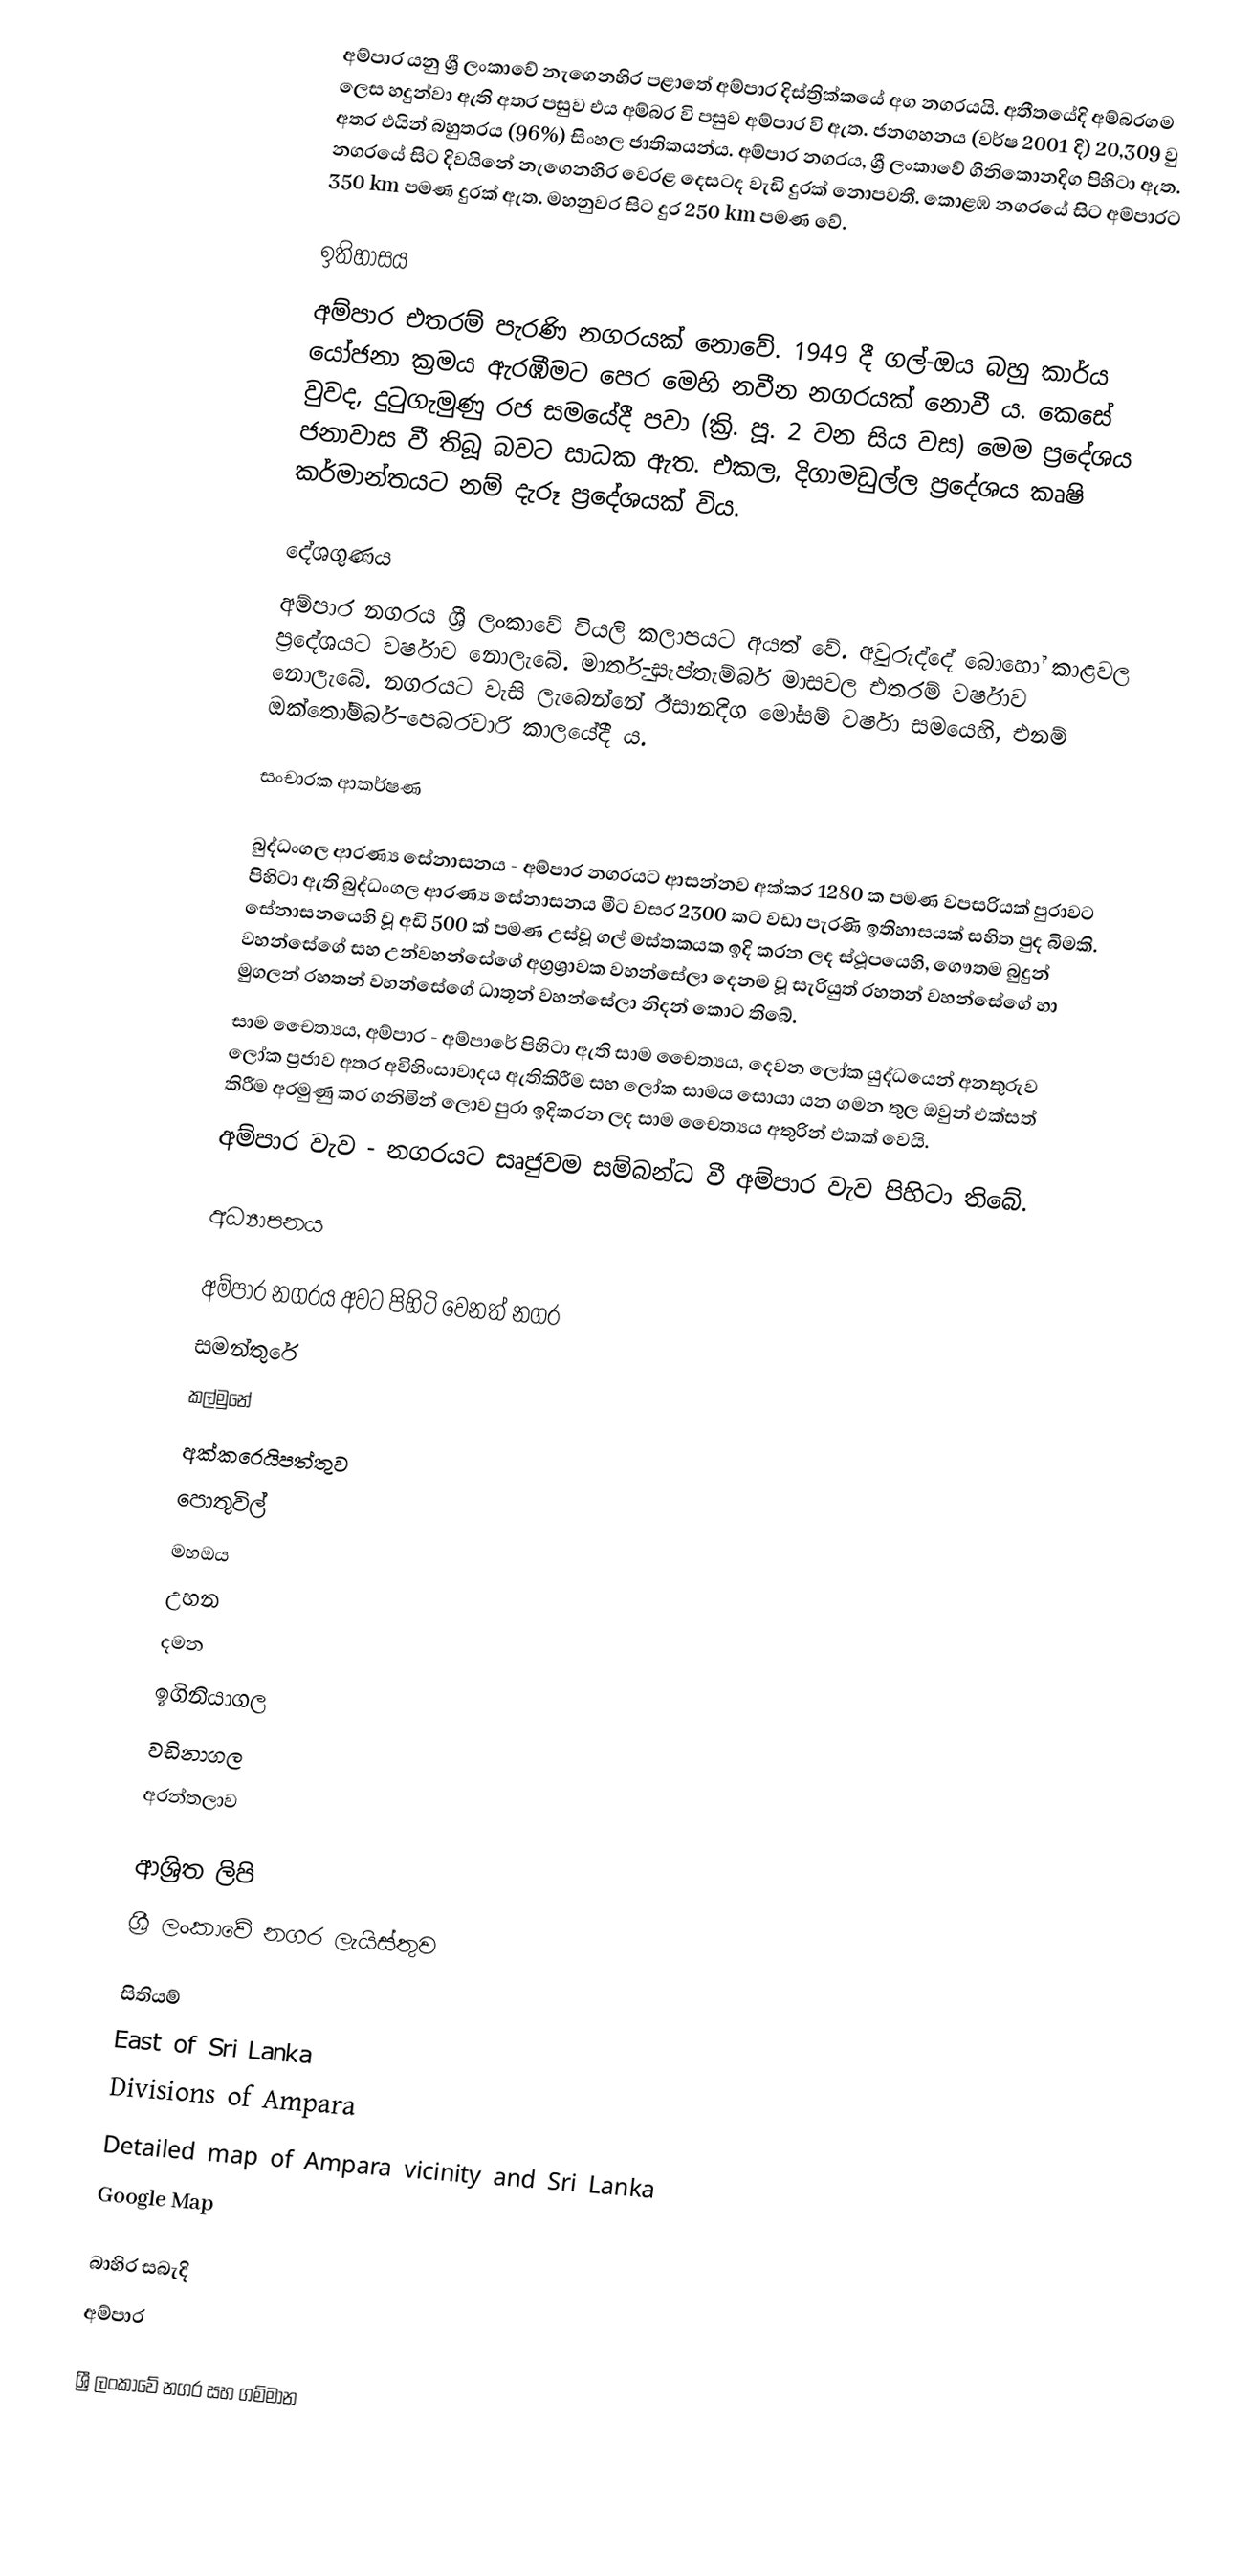
අම්පාර යනු ශ්‍රී ලංකාවේ නැගෙනහිර පළාතේ අම්පාර දිස්ත්‍රික්කයේ අග නගරයයි. අතීතයේදි අම්බරගම ලෙස හදුන්වා ඇති අතර පසුව එය අම්බර වි පසුව අම්පාර වි ඇත. ජනගහනය (වර්ෂ 2001 දි) 20,309 වු අතර එයින් බහුතරය (96%) සිංහල ජාතිකයන්ය. අම්පාර නගරය, ශ්‍රී ලංකාවේ ගිනිකොනදිග පිහිටා ඇත. නගරයේ සිට දිවයිනේ නැගෙනහිර වෙරළ දෙසටද වැඩි දුරක් නොපවතී. කොළඹ නගරයේ සිට අම්පාරට 350 km පමණ දුරක් ඇත. මහනුවර සිට දුර 250 km පමණ වේ.

ඉතිහාසය
අම්පාර එතරම් පැරණි නගරයක් නොවේ. 1949 දී ගල්-ඔය බහු කාර්ය යෝජනා ක්‍රමය ඇරඹීමට පෙර මෙහි නවීන නගරයක් නොවී ය. කෙසේ වුවද, දුටුගැමුණු රජ සමයේදී පවා (ක්‍රි. පූ. 2 වන සිය වස) මෙම ප්‍රදේශය ජනාවාස වී තිබූ බවට සාධක ඇත. එකල, දිගාමඩුල්ල ප්‍රදේශය කෘෂි කර්මාන්තයට නම් දැරූ ප්‍රදේශයක් විය.

දේශගුණය
අම්පාර නගරය ශ්‍රී ලංකාවේ වියලි කලාපයට අයත් වේ. අවුරුද්දේ බොහෝ කාළවල ප්‍රදේශයට වර්ෂාව නොලැබේ. මාර්තු-සැප්තැම්බර් මාසවල එතරම් වර්ෂාව නොලැබේ. නගරයට වැසි ලැබෙන්නේ ඊසානදිග මෝසම් වර්ෂා සමයෙහි, එනම් ඔක්තෝම්බර්-පෙබරවාරි කාලයේදී ය.

සංචාරක ආකර්ෂණ

බුද්ධංගල ආරණ්‍ය සේනාසනය - අම්පාර නගරයට ආසන්නව අක්කර 1280 ක පමණ වපසරියක් පුරාවට පිහිටා ඇති බුද්ධංගල ආරණ්‍ය සේනාසනය මීට වසර 2300 කට වඩා පැරණි ඉතිහාසයක් සහිත පුද බිමකි. සේනාසනයෙහි වූ අඩි 500 ක් පමණ උස්වූ ගල් මස්තකයක ඉදි කරන ලද ස්ථූපයෙහි, ගෞතම බුදුන් වහන්සේගේ සහ උන්වහන්සේගේ අග්‍රශ්‍රාවක වහන්සේලා දෙනම වූ සැරියුත් රහතන් වහන්සේගේ හා මුගලන් රහතන් වහන්සේගේ ධාතූන් වහන්සේලා නිදන් කොට තිබේ.
සාම චෛත්‍යය, අම්පාර - අම්පාරේ පිහිටා ඇති  සාම චෛත්‍යය, දෙවන ලෝක යුද්ධයෙන් අනතුරුව ලෝක ප්‍රජාව අතර අවිහිංසාවාදය ඇතිකිරීම සහ ලෝක සාමය සොයා යන ගමන තුල ඔවුන් එක්සත් කිරීම අරමුණු කර ගනිමින් ලොව පුරා ඉදිකරන ලද සාම චෛත්‍යය අතුරින් එකක් වෙයි.
අම්පාර වැව - නගරයට සෘජුවම සම්බන්ධ වී අම්පාර වැව පිහිටා තිබේ.

අධ්‍යාපනය

අම්පාර නගරය අවට පිහිටි වෙනත් නගර
 සමන්තුරේ
 කල්මුනේ
 අක්කරෙයිපත්තුව
 පොතුවිල්
 මහඔය
 උහන
 දමන
 ඉගිනියාගල
 වඩිනාගල
 අරන්තලාව

ආශ්‍රිත ලිපි
ශ්‍රී ලංකාවේ නගර ලැයිස්තුව

සිතියම්
East of Sri Lanka
Divisions of Ampara
Detailed map of Ampara vicinity and Sri Lanka
Google Map

බාහිර සබැදි
අම්පාර

ශ්‍රී ලංකාවේ නගර සහ ගම්මාන